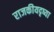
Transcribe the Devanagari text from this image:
राजकीयदृष्या